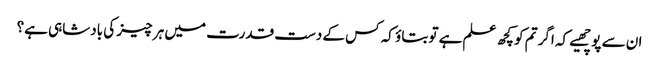
ان سے پوچھیے کہ اگر تم کو کچھ علم ہے تو بتاؤ کہ کس کے دست قدرت میں ہر چیز کی بادشاہی ہے؟